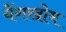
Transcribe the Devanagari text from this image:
येंगखोम